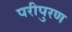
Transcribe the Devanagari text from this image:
परीपुरण